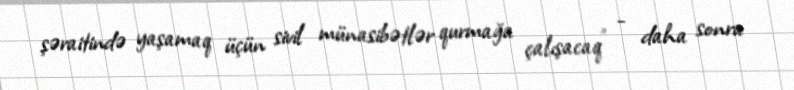
şəraitində yaşamaq üçün sivil münasibətlər qurmağa çalışacaq” - daha sonra